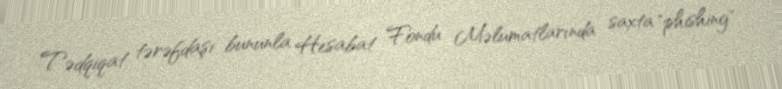
Tədqiqat tərəfdaşı bununla Hesabat Fondu Məlumatlarında saxta "phishing"